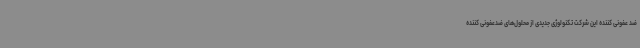
ضد عفونی کننده این شرکت تکنولوژی جدیدی از محلول‌های ضدعفونی کننده